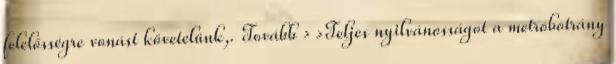
felelősségre vonást követelünk,. Tovább › ›Teljes nyilvánosságot a metróbotrány